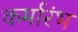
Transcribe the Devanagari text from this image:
कर्मारंभ